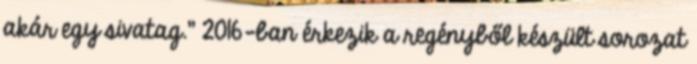
akár egy sivatag." 2016-ban érkezik a regényből készült sorozat